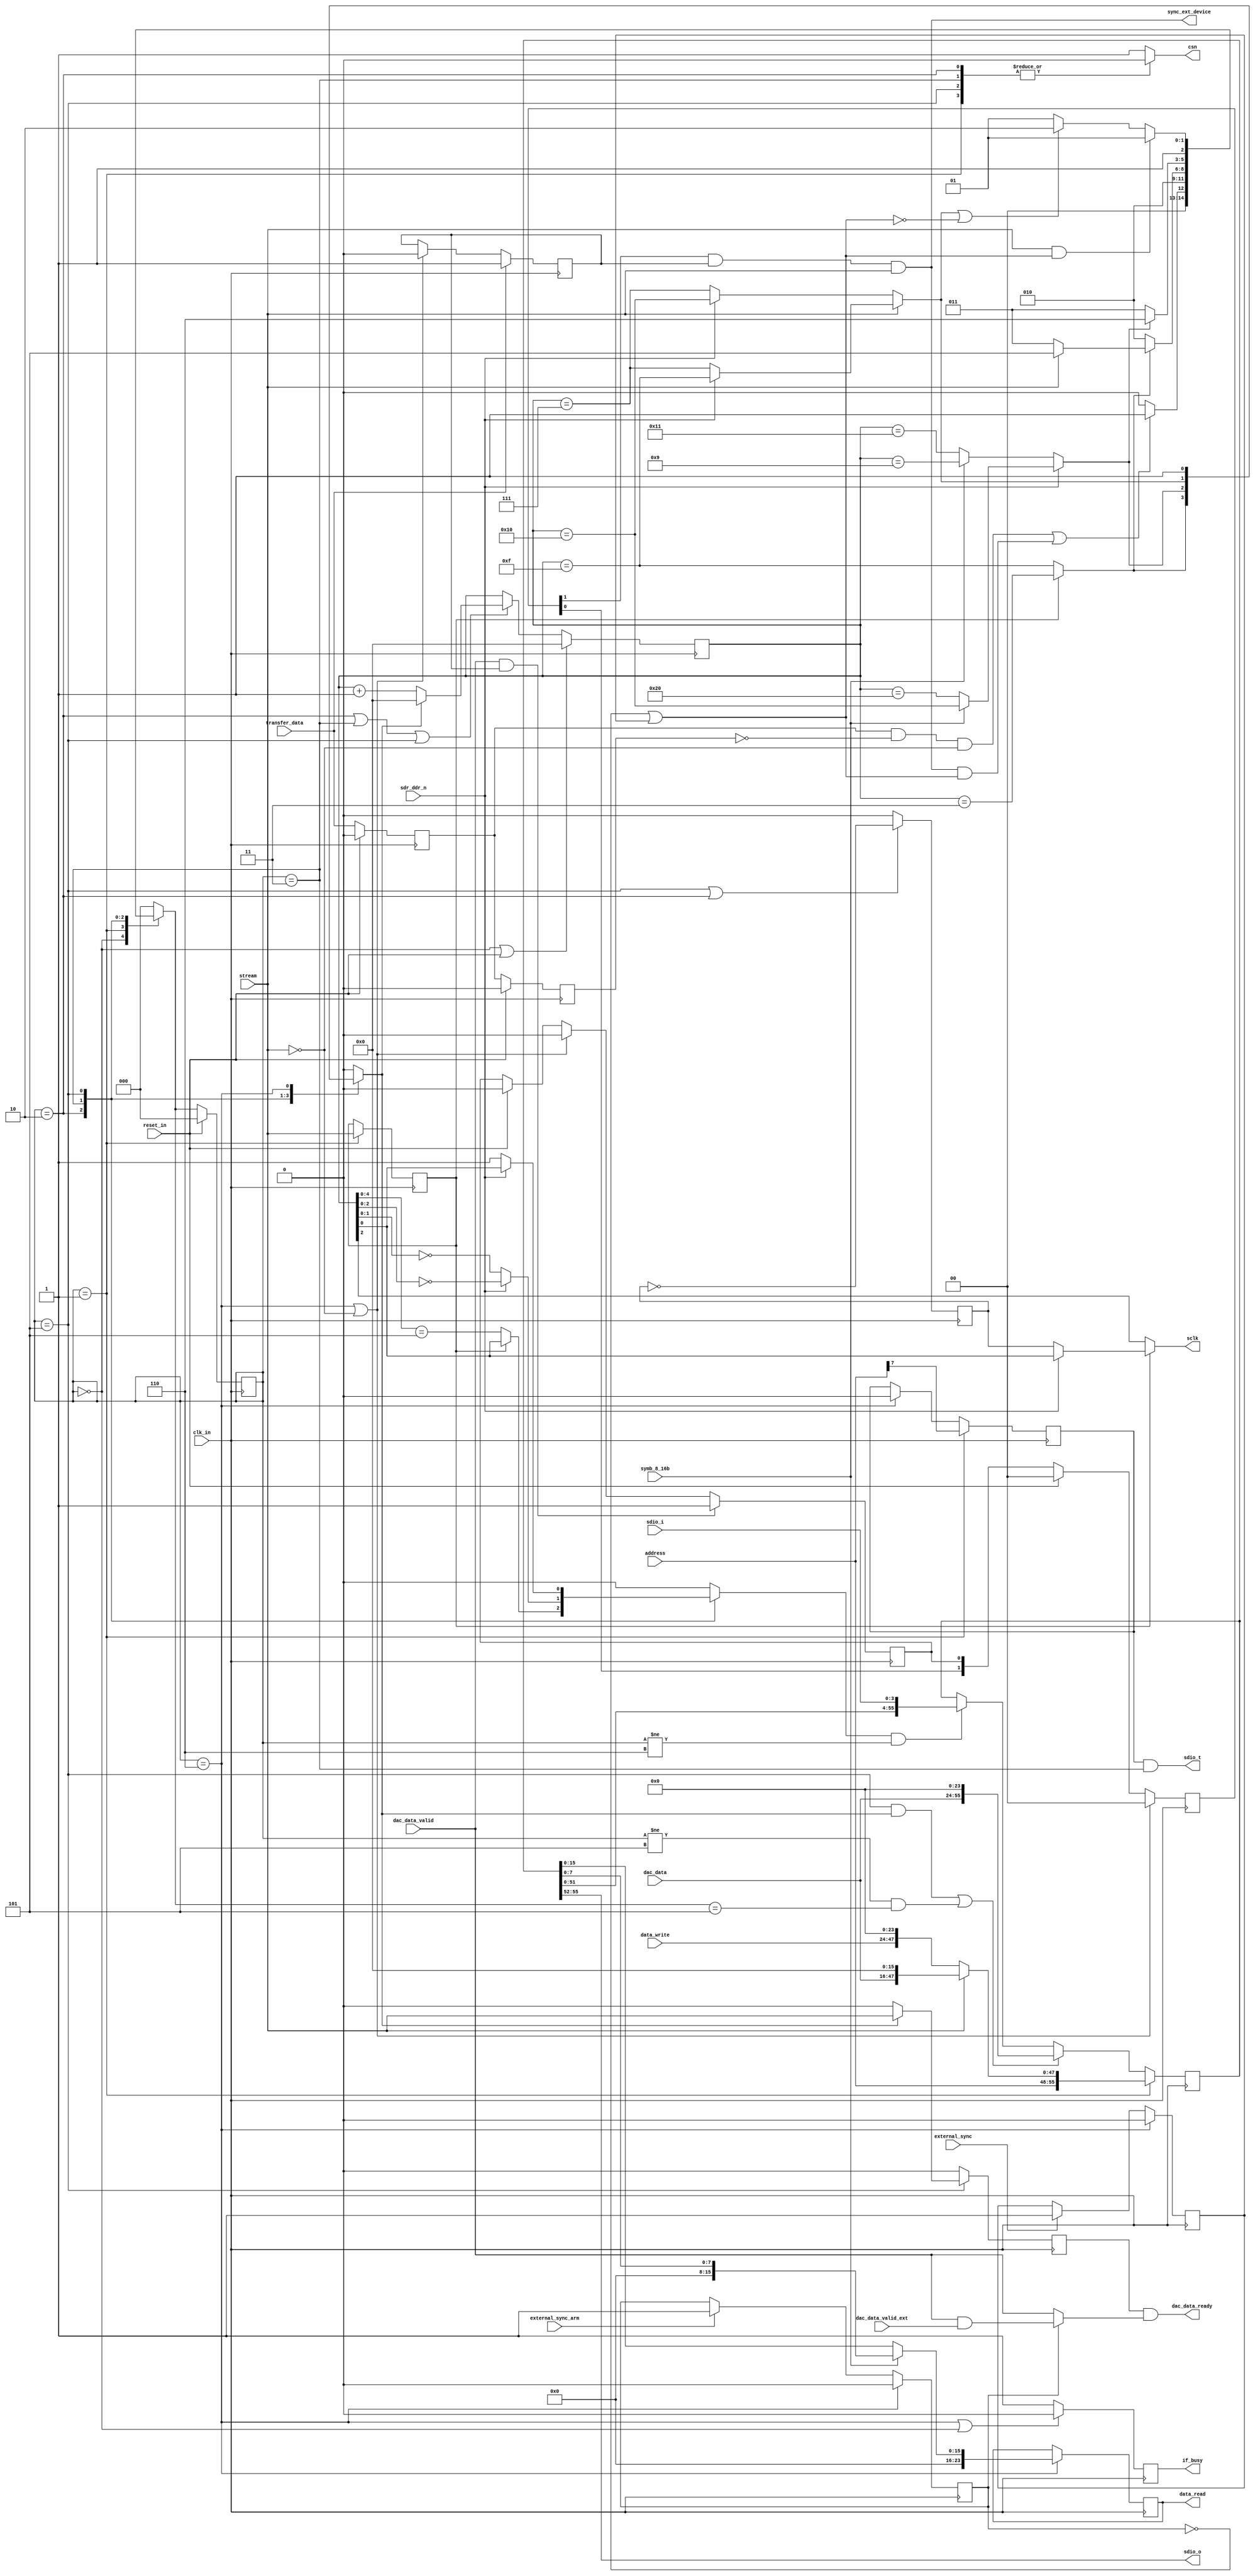
// ***************************************************************************
// ***************************************************************************
// Copyright (C) 2022-2023 Analog Devices, Inc. All rights reserved.
//
// In this HDL repository, there are many different and unique modules, consisting
// of various HDL (Verilog or VHDL) components. The individual modules are
// developed independently, and may be accompanied by separate and unique license
// terms.
//
// The user should read each of these license terms, and understand the
// freedoms and responsibilities that he or she has by using this source/core.
//
// This core is distributed in the hope that it will be useful, but WITHOUT ANY
// WARRANTY; without even the implied warranty of MERCHANTABILITY or FITNESS FOR
// A PARTICULAR PURPOSE.
//
// Redistribution and use of source or resulting binaries, with or without modification
// of this file, are permitted under one of the following two license terms:
//
//   1. The GNU General Public License version 2 as published by the
//      Free Software Foundation, which can be found in the top level directory
//      of this repository (LICENSE_GPL2), and also online at:
//      <https://www.gnu.org/licenses/old-licenses/gpl-2.0.html>
//
// OR
//
//   2. An ADI specific BSD license, which can be found in the top level directory
//      of this repository (LICENSE_ADIBSD), and also on-line at:
//      https://github.com/analogdevicesinc/hdl/blob/master/LICENSE_ADIBSD
//      This will allow to generate bit files and not release the source code,
//      as long as it attaches to an ADI device.
//
// ***************************************************************************
// ***************************************************************************

`timescale 1ns/100ps

module axi_ad3552r_if (

  input                   clk_in,  // 120MHz
  input                   reset_in,
  input       [31:0]      dac_data,
  input                   dac_data_valid,
  input                   dac_data_valid_ext,
  output                  dac_data_ready,

  input       [ 7:0]      address,
  input       [23:0]      data_write,
  input                   sdr_ddr_n,
  input                   symb_8_16b,
  input                   transfer_data,
  input                   stream,
  input                   external_sync,
  input                   external_sync_arm,

  output                  if_busy,
  output                  sync_ext_device,
  output reg  [23:0]      data_read,

  // DAC control signals

  output                  sclk,
  output reg              csn,
  input       [ 3:0]      sdio_i,
  output      [ 3:0]      sdio_o,
  output                  sdio_t
);

  wire            transfer_data_s;
  wire            start_synced;
  wire   [31:0]   dac_data_int;
  wire            dac_data_valid_synced;
  wire            external_sync_s;

  reg    [55:0]   transfer_reg        = 56'h0;
  reg    [15:0]   counter             = 16'h0;
  reg    [ 2:0]   transfer_state      = 0;
  reg    [ 2:0]   transfer_state_next = 0;
  reg             cycle_done          = 1'b0;
  reg             transfer_step       = 1'b0;
  reg             sclk_ddr            = 1'b0;
  reg             full_speed          = 1'b0;
  reg             transfer_data_d     = 1'b0;
  reg             transfer_data_dd    = 1'b0;
  reg    [ 3:0]   valid_captured_d    = 4'b0;
  reg             data_r_wn           = 1'b0;
  reg             valid_captured      = 1'b0;
  reg             start_transfer      = 1'b0;
  reg             if_busy_reg         = 1'b0;
  reg             dac_data_ready_s    = 1'b0;
  reg             external_sync_arm_reg = 1'b0;
  reg             external_sync_reg = 1'b0;

  localparam  [ 2:0]  IDLE = 3'h0,
                      CS_LOW = 3'h1,
                      WRITE_ADDRESS = 3'h2,
                      TRANSFER_REGISTER = 3'h3,
                      READ_REGISTER = 3'h4,
                      STREAM = 3'h5,
                      CS_HIGH = 3'h6;

  assign if_busy = if_busy_reg;

  // transform the transfer data rising edge into a pulse

  assign transfer_data_s = transfer_data_d & ~transfer_data_dd;

  // start the data stream transfer after valid has been captured

  assign start_synced = valid_captured_d[1] & start_transfer & stream;
  assign sync_ext_device = start_synced ;

  // use dac_data valid from an external source only if external_sync_arm_reg is 1

  assign dac_data_valid_synced = (external_sync_arm_reg == 1'b1) ? (dac_data_valid & dac_data_valid_ext) : dac_data_valid ;
  assign dac_data_ready = dac_data_ready_s & dac_data_valid_synced;
  assign dac_data_int = dac_data;

  // sync the data only if the synchronizations has been armed in software

  assign external_sync_s =  ~external_sync_arm_reg | external_sync_reg;

  always @(posedge clk_in) begin
    if(reset_in == 1'b1) begin
      transfer_data_d  <= 'd0;
      transfer_data_dd <= 'd0;
      valid_captured_d <= 4'b0;
      valid_captured   <= 1'b0;
    end else begin
      transfer_data_d  <= transfer_data;
      transfer_data_dd <= transfer_data_d;
      valid_captured_d <= {valid_captured_d[2:0], valid_captured};
    end
    if(transfer_state == CS_HIGH || stream == 1'b0) begin
      start_transfer <= 1'b0;
      valid_captured <= 1'b0;
      valid_captured_d <= 4'b0;
    end

   // pulse to level conversion

    if(external_sync_arm == 1'b1) begin
      external_sync_arm_reg <= 1'b1;
    end
    if(external_sync == 1'b1) begin
      external_sync_reg <= 1'b1;
    end

    if(transfer_state == CS_HIGH) begin
      external_sync_arm_reg <= 1'b0;
      external_sync_reg <= 1'b0;
    end

    if(dac_data_valid == 1'b1 && start_transfer == 1'b1) begin
      valid_captured <= 1'b1;
    end
    if(transfer_data == 1'b1) begin
      start_transfer <= 1'b1;
    end

  end

  always @(posedge clk_in) begin
    if (reset_in == 1'b1) begin
      transfer_state <= IDLE;
    end else begin
      transfer_state <= transfer_state_next;
    end
  end

  // FSM next state logic

  always @(*) begin
    case (transfer_state)
      IDLE : begin
        // goes in to the next state only if the control is to transfer register or synced transfer(if it's armed in software)
        transfer_state_next = ((transfer_data_s == 1'b1 && stream == 1'b0) || (start_synced == 1'b1 && external_sync_s))  ? CS_LOW : IDLE;
        csn = 1'b1;
        transfer_step = 0;
        cycle_done = 0;
      end
      CS_LOW : begin
        // brings CS down
        // loads all configuration
        // puts data on the SDIO pins
        // needs 5 ns before risedge of the clock
        transfer_state_next = WRITE_ADDRESS;
        csn = 1'b0;
        transfer_step = 0;
        cycle_done = 0;
      end
      WRITE_ADDRESS : begin
        // writes the address
        // it works either at full speed (60 MHz) when streaming or normal
        // speed (15 MHz)
        // full speed - 2 clock cycles
        // half speed 8 clock cycles
        cycle_done = full_speed ? (counter == 16'h3) : (counter == 16'hf);
        transfer_state_next = cycle_done ? (stream ? STREAM : TRANSFER_REGISTER) : WRITE_ADDRESS ;
        csn = 1'b0;
        // in streaming, change data on falledge. On regular transfer, change data on negedge.
        //A single step should be done for 8 bit addressing
        transfer_step = full_speed ? (counter[0]== 1'h1) : ((counter[4:0] == 5'h5));
      end
      TRANSFER_REGISTER : begin
        // always works at 15 MHz
        // can be DDR or SDR
        cycle_done = sdr_ddr_n ? (symb_8_16b ? (counter == 16'h10) : (counter == 16'h20))  :
                                 (symb_8_16b ? (counter == 16'h09) : (counter == 16'h11));
        transfer_state_next = cycle_done ? CS_HIGH : TRANSFER_REGISTER;
        csn = 1'b0;
        // in DDR mode, change data on falledge
        transfer_step = sdr_ddr_n ? (counter[2:0] == 3'h0) :   (counter[1:0] == 2'h0);
      end
      STREAM : begin
        // can be DDR or SDR
        // in DDR mode needs to be make sure the clock and data is shifted by 2 ns
        cycle_done = stream ? (sdr_ddr_n ? (counter == 16'h0f) : (counter == 16'h7)):
                              (sdr_ddr_n ? (counter == 16'h10) : (counter == 16'h7));
        transfer_state_next = (stream && external_sync_s) ? STREAM: ((cycle_done || external_sync_s == 1'b0) ?  CS_HIGH :STREAM);
        csn = 1'b0;
        transfer_step = sdr_ddr_n ? counter[0] :  1'b1;
      end
      CS_HIGH : begin
        cycle_done = 1'b1;
        transfer_state_next = cycle_done ? IDLE : CS_HIGH;
        csn = 1'b1;
        transfer_step = 0;
      end
      default : begin
        cycle_done = 0;
        transfer_state_next = IDLE;
        csn = 1'b1;
        transfer_step = 0;
      end
    endcase
  end

  // counter is used to time all states
  // depends on number of clock cycles per phase

  always @(posedge clk_in) begin
    if (transfer_state == IDLE || reset_in == 1'b1) begin
      counter <= 'b0;
    end else if (transfer_state == WRITE_ADDRESS | transfer_state == TRANSFER_REGISTER | transfer_state == STREAM) begin
      if (cycle_done) begin
        counter <= 0;
      end else  begin
        counter <= counter + 1;
      end
    end
  end

  always @(negedge clk_in) begin
    if (transfer_state == STREAM | transfer_state == WRITE_ADDRESS) begin
      sclk_ddr <= !sclk_ddr;
    end else begin
      sclk_ddr <= 0;
    end
  end

  // selection between 60 MHz and 15 MHz

  assign sclk = full_speed ? (sdr_ddr_n ? counter[0] : sclk_ddr) : counter[2];

  always @(posedge clk_in) begin
    if (transfer_state == CS_LOW) begin
      data_r_wn <= address[7];
    end else if (transfer_state == CS_HIGH) begin
      data_r_wn <=1'b0;
    end
    if (transfer_state == STREAM) begin
      if (cycle_done == 1'b1) begin
        dac_data_ready_s <= stream;
      end else begin
        dac_data_ready_s <= 1'b0;
      end
    end else begin
      dac_data_ready_s <= 1'b0;
    end
    if (transfer_state == CS_LOW) begin
      full_speed = stream;
      if(stream) begin
        transfer_reg <= {address,dac_data_int, 16'h0};
      end else begin
        transfer_reg <= {address,data_write, 24'h0};
      end
    end else if ((transfer_state == STREAM & cycle_done) || (transfer_state != STREAM  && transfer_state_next == STREAM)) begin
      transfer_reg <= {dac_data_int, 24'h0};
    end else if (transfer_step && transfer_state != CS_HIGH) begin
      transfer_reg <= {transfer_reg[51:0], sdio_i};
    end

    if (transfer_state == CS_HIGH) begin
      if (symb_8_16b == 1'b0) begin
        data_read <= {8'h0,transfer_reg[15:0]};
      end else begin
        data_read <= {16'h0,transfer_reg[7:0]};
      end
    end else begin
      data_read <= data_read;
    end
    if (transfer_state == CS_HIGH || transfer_state == IDLE) begin
      if_busy_reg <= 1'b0;
    end else begin
      if_busy_reg <= 1'b1;
    end
  end

  // address[7] is r_wn : depends also on the state machine, input only when
  // in TRANSFER register mode

  assign sdio_t = (data_r_wn & transfer_state == TRANSFER_REGISTER);
  assign sdio_o = transfer_reg[55:52];

endmodule